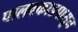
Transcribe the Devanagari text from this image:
पालक्काडपासून